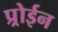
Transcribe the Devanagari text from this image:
प्र्रोईन